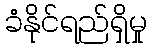
ခံနိုင်ရည်ရှိမှု